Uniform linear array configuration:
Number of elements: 12
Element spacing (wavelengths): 0.75
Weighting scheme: hamming
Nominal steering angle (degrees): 0
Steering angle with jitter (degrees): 1.015
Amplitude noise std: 0.05
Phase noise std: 0.05

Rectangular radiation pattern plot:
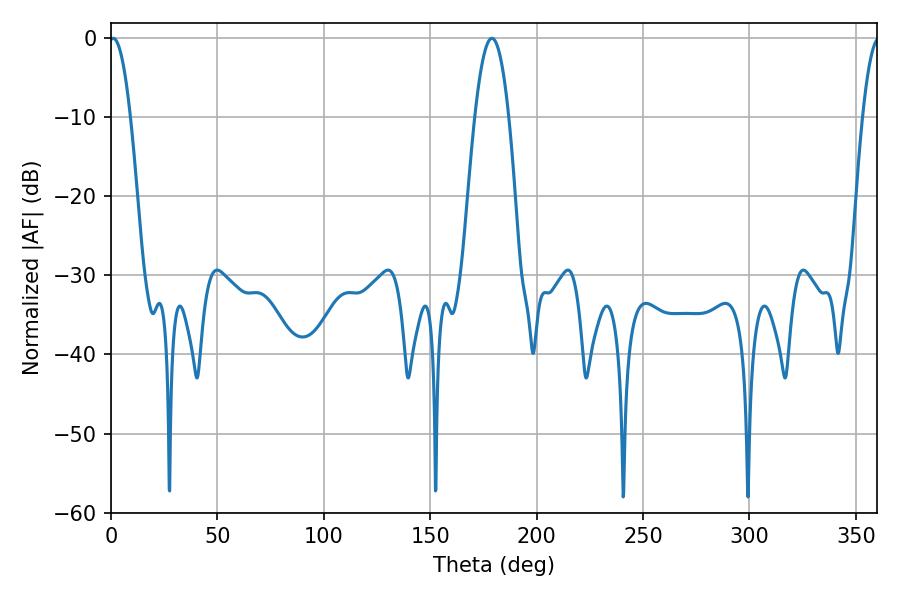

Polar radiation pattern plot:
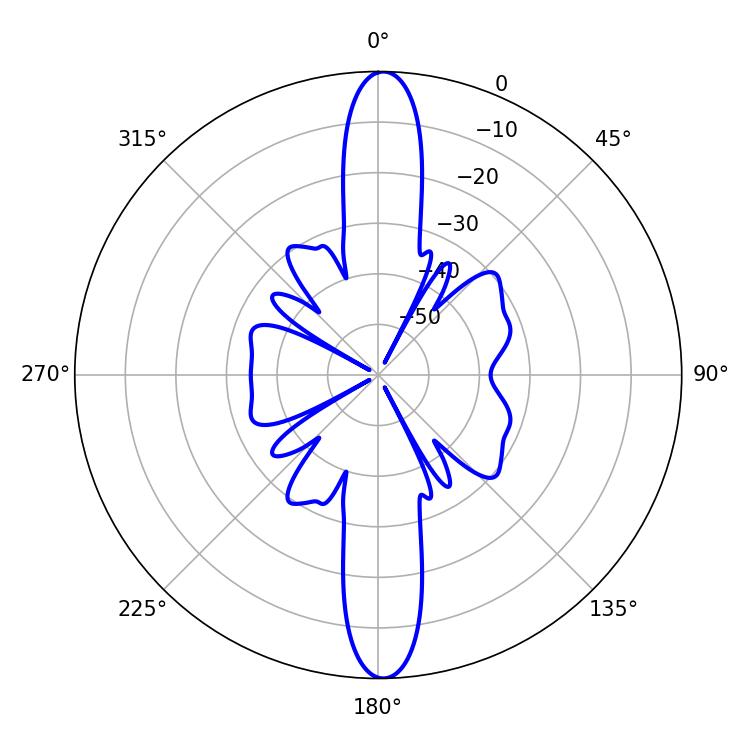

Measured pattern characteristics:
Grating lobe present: TRUE
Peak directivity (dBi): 24.924
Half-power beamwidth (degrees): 5.4
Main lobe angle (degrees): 1.08